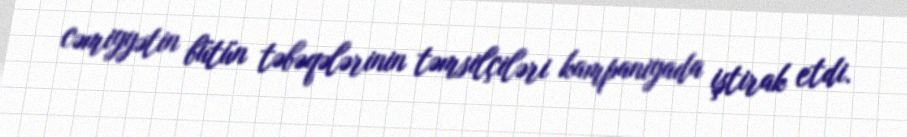
cəmiyyətin bütün təbəqələrinin təmsilçiləri kampaniyada iştirak etdi.